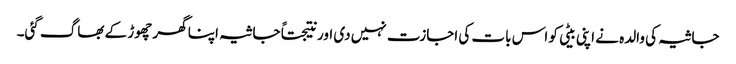
جاثیہ کی والدہ نے اپنی بیٹی کو اس بات کی اجازت نہیں دی اور نتیجتاً جاثیہ اپنا گھر چھوڑ کے بھاگ گئی۔